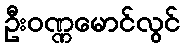
ဦးဝဏ္ဏမောင်လွင်